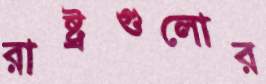
রাষ্ট্রগুলোর